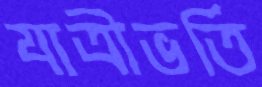
যাত্রীভর্তি